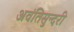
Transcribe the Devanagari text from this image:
अवंतिसुन्दरी